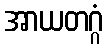
အာယတဂ္ဂံ